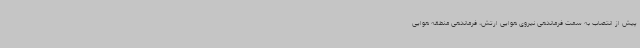
پیش از انتصاب به سمت فرماندهی نیروی هوایی ارتش، فرماندهی منطقه هوایی